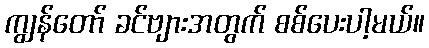
ကျွန်တော် ခင်ဗျားအတွက် စစ်ပေးပါ့မယ်။